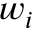
w _ { i }